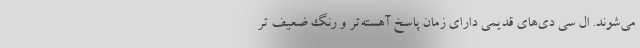
می‌شوند. ال سی دی‌های قدیمی دارای زمان پاسخ آهسته‌تر و رنگ ضعیف تر